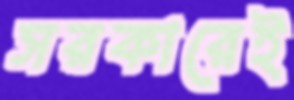
সরকারেই